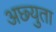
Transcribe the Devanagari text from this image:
अछ्युता